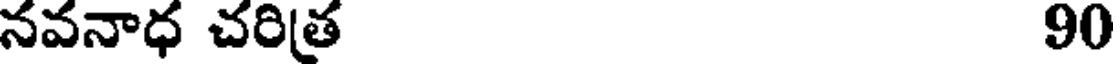
నవనాధ చరిత్ర 90